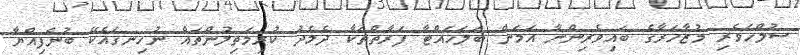
ސުލްހަވެރި މުޒާހަރާގެ ބައިވެރިންނާ އަމަން ބަލަހައްޓާ ފަރާތްތަކާ ދެމެދު ކުރިމަތިލުންތައް ނުހިނގައެކޭ ބުނެފިއްޔާ